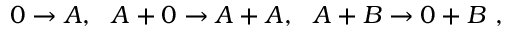
0 \to A , \ \ A + 0 \to A + A , \ \ A + B \to 0 + B \ ,